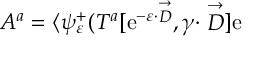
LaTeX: { \cal A } ^ { a } = \langle \psi _ { \varepsilon } ^ { + } ( T ^ { a } [ \mathrm { e } ^ { - \varepsilon \cdot \stackrel { \rightarrow } { D } } , \gamma \cdot \stackrel { \rightarrow } { D } ] \mathrm { e }